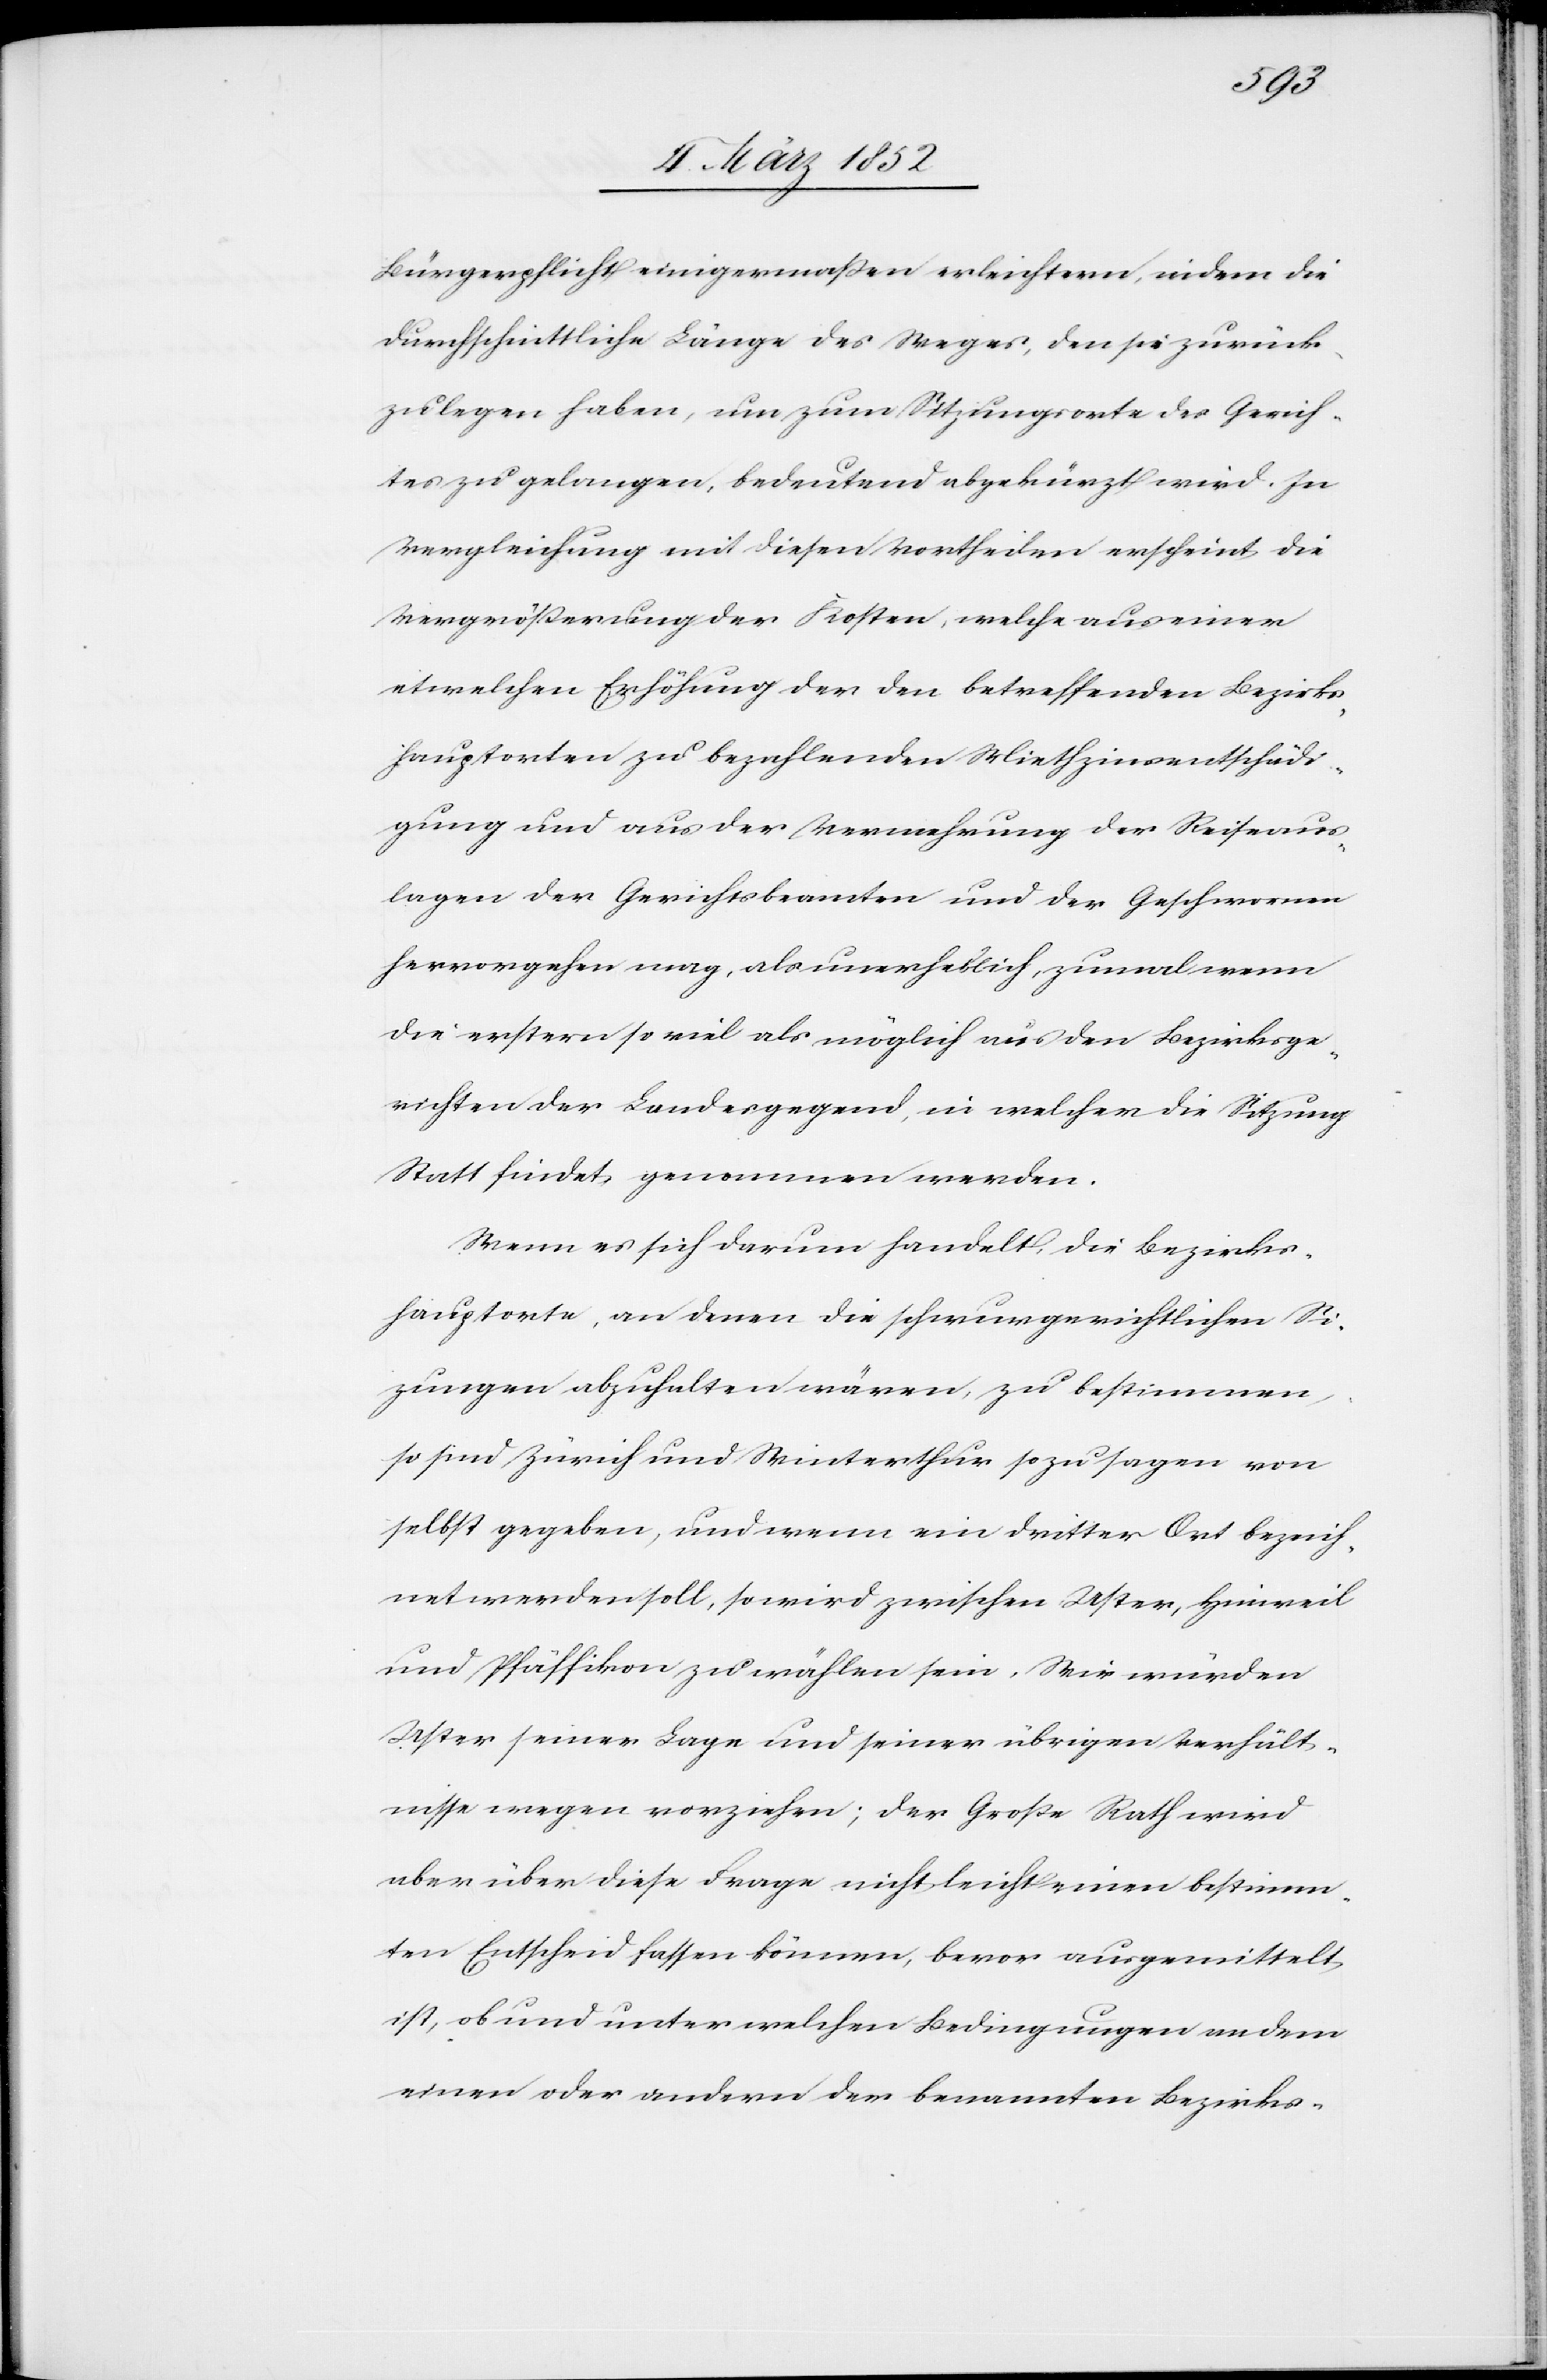
Bürgerpflicht einigermaßen erleichtern, indem die
durchschnittliche Länge des Weges, den sie zurück¬
zulegen haben, um zum Sitzungsorte des Gerich¬
tes zu gelangen, bedeutend abgekürzt wird. In
Vergleichung mit diesen Vortheilen erscheint die
Vergrößerung der Kosten, welche aus einer
etwelchen Erhöhung der den betreffenden Bezirks¬
hauptorten zu bezahlenden Miethzinsentschädi¬
gung und aus der Vermehrung der Reiseaus¬
lagen der Gerichtsbeamten und der Geschwornen
hervorgehen mag, als unerheblich, zumal wenn
die erstern so viel als möglich aus den Bezirksge¬
richten der Landesgegend, in welcher die Sitzung
Statt findet, genommen werden.
Wenn es sich darum handelt, die Bezirks¬
hauptorte, an denen die schwurgerichtlichen S¬
i[t]zungen abzuhalten wären, zu bestimmen,
so sind Zürich und Winterthur so zu sagen von
selbst gegeben, und wenn ein dritter Ort bezeich¬
net werden soll, so wird zwischen Uster, Hinweil
und Pfäffikon zu wählen sein. Wir würden
Uster seiner Lage und seiner übrigen Verhält¬
nisse wegen vorziehen; der Große Rath wird
aber über diese Frage nicht leicht einen bestimm¬
ten Entscheid fassen können, bevor ausgemittelt
ist, ob und unter welchen Bedingungen an dem
einen oder andern der benannten Bezirks-